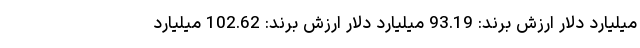
میلیارد دلار ارزش برند: 93.19 میلیارد دلار ارزش برند: 102.62 میلیارد